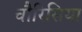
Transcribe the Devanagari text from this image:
चौरिसिया